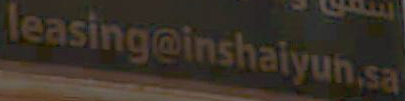
leasing@inshaiyun.sa